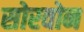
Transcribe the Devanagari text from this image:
सोरवोन